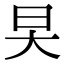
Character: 旲